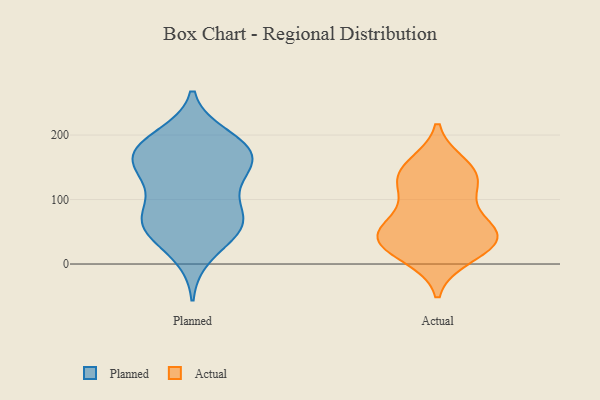
{"axis": {"x": "Operating Costs (USD K)", "y": "Value"}, "legend": ["Actual", "Planned"], "data": [{"x": "", "y": 179, "type": "Planned"}, {"x": "", "y": 71, "type": "Planned"}, {"x": "", "y": 164, "type": "Planned"}, {"x": "", "y": 63, "type": "Planned"}, {"x": "", "y": 13, "type": "Planned"}, {"x": "", "y": 198, "type": "Planned"}, {"x": "", "y": 141, "type": "Planned"}, {"x": "", "y": 152, "type": "Planned"}, {"x": "", "y": 53, "type": "Planned"}, {"x": "", "y": 125, "type": "Planned"}, {"x": "", "y": 180, "type": "Planned"}, {"x": "", "y": 149, "type": "Planned"}, {"x": "", "y": 48, "type": "Planned"}, {"x": "", "y": 189, "type": "Planned"}, {"x": "", "y": 173, "type": "Planned"}, {"x": "", "y": 95, "type": "Planned"}, {"x": "", "y": 61, "type": "Planned"}, {"x": "", "y": 73, "type": "Planned"}, {"x": "", "y": 139, "type": "Actual"}, {"x": "", "y": 13, "type": "Actual"}, {"x": "", "y": 48, "type": "Actual"}, {"x": "", "y": 136, "type": "Actual"}, {"x": "", "y": 152, "type": "Actual"}, {"x": "", "y": 48, "type": "Actual"}, {"x": "", "y": 40, "type": "Actual"}, {"x": "", "y": 36, "type": "Actual"}, {"x": "", "y": 27, "type": "Actual"}, {"x": "", "y": 96, "type": "Actual"}, {"x": "", "y": 57, "type": "Actual"}, {"x": "", "y": 128, "type": "Actual"}]}